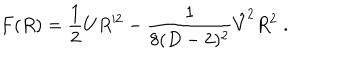
F ( R ) = { \frac { 1 } { 2 } } U R ^ { 2 } - { \frac { 1 } { 8 ( D - 2 ) ^ { 2 } } } \hat { V } ^ { 2 } R ^ { 2 } \; .